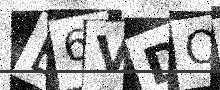
Text: E6VDOG